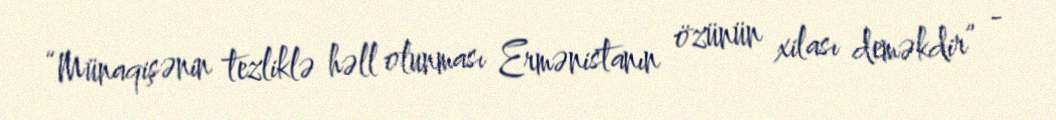
“Münaqişənin tezliklə həll olunması Ermənistanın özünün xilası deməkdir” -